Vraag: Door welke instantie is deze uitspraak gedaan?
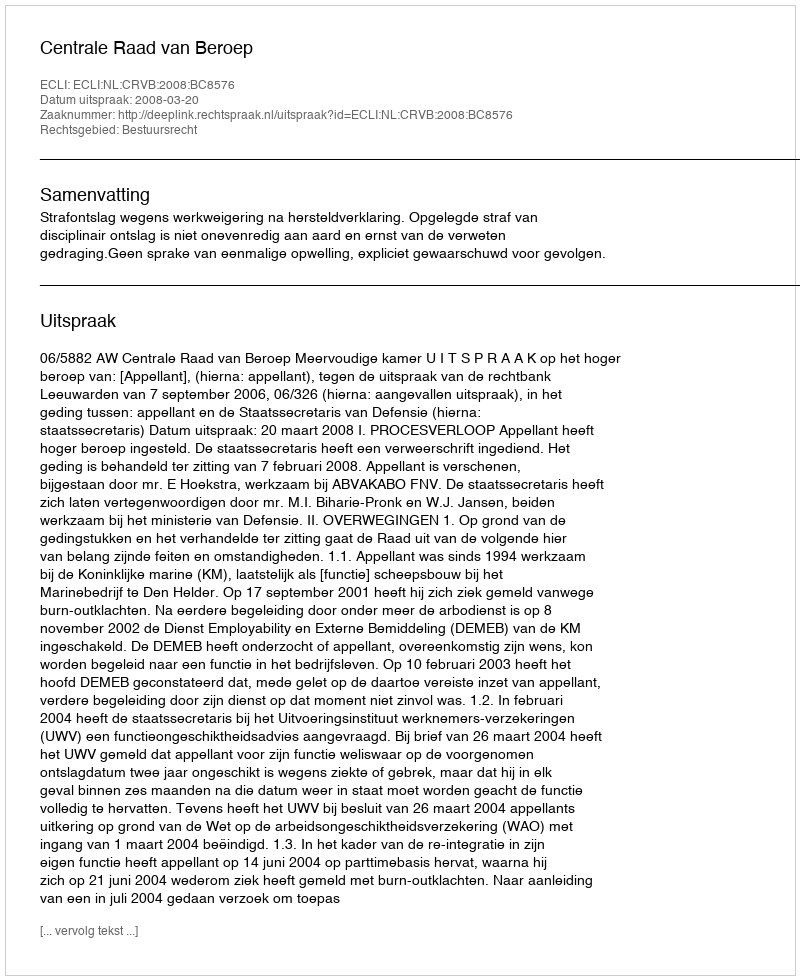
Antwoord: Centrale Raad van Beroep